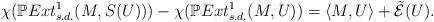
LaTeX: \begin{align*}\chi (\mathbb{P} Ext_{s.d.}^1(M,S(U)) ) - \chi(\mathbb{P} Ext_{s.d.}^1(M,U)) = \langle M, U \rangle + \tilde{\mathcal{E}}(U).\end{align*}